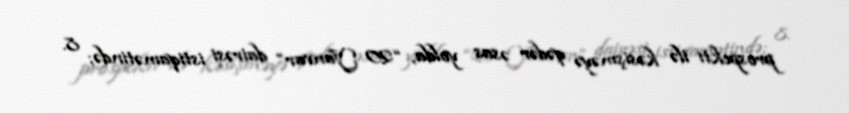
prospekti ilə kəsişməyə qədər əsas yolda, “20 Yanvar” dairəsi istiqamətində; 8.